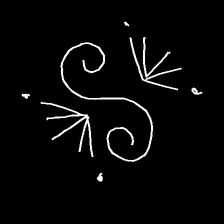
Glyph: aeroform